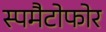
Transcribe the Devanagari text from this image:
स्पमैटोफोर